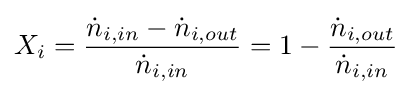
X_{i}={\frac {{\dot {n}}_{i,in}-{\dot {n}}_{i,out}}{{\dot {n}}_{i,in}}}=1-{\frac {{\dot {n}}_{i,out}}{{\dot {n}}_{i,in}}}